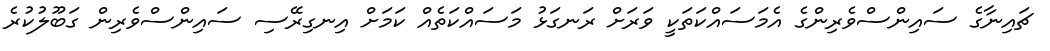
ޗައިނާގެ ސައިންސްވެރިންގެ އެމަސައްކަތަކީ ވަރަށް ރަނގަޅު މަސައްކަތެއް ކަމަށް އިނގިރޭސި ސައިންސްވެރިން ގަބޫލުކުރެ